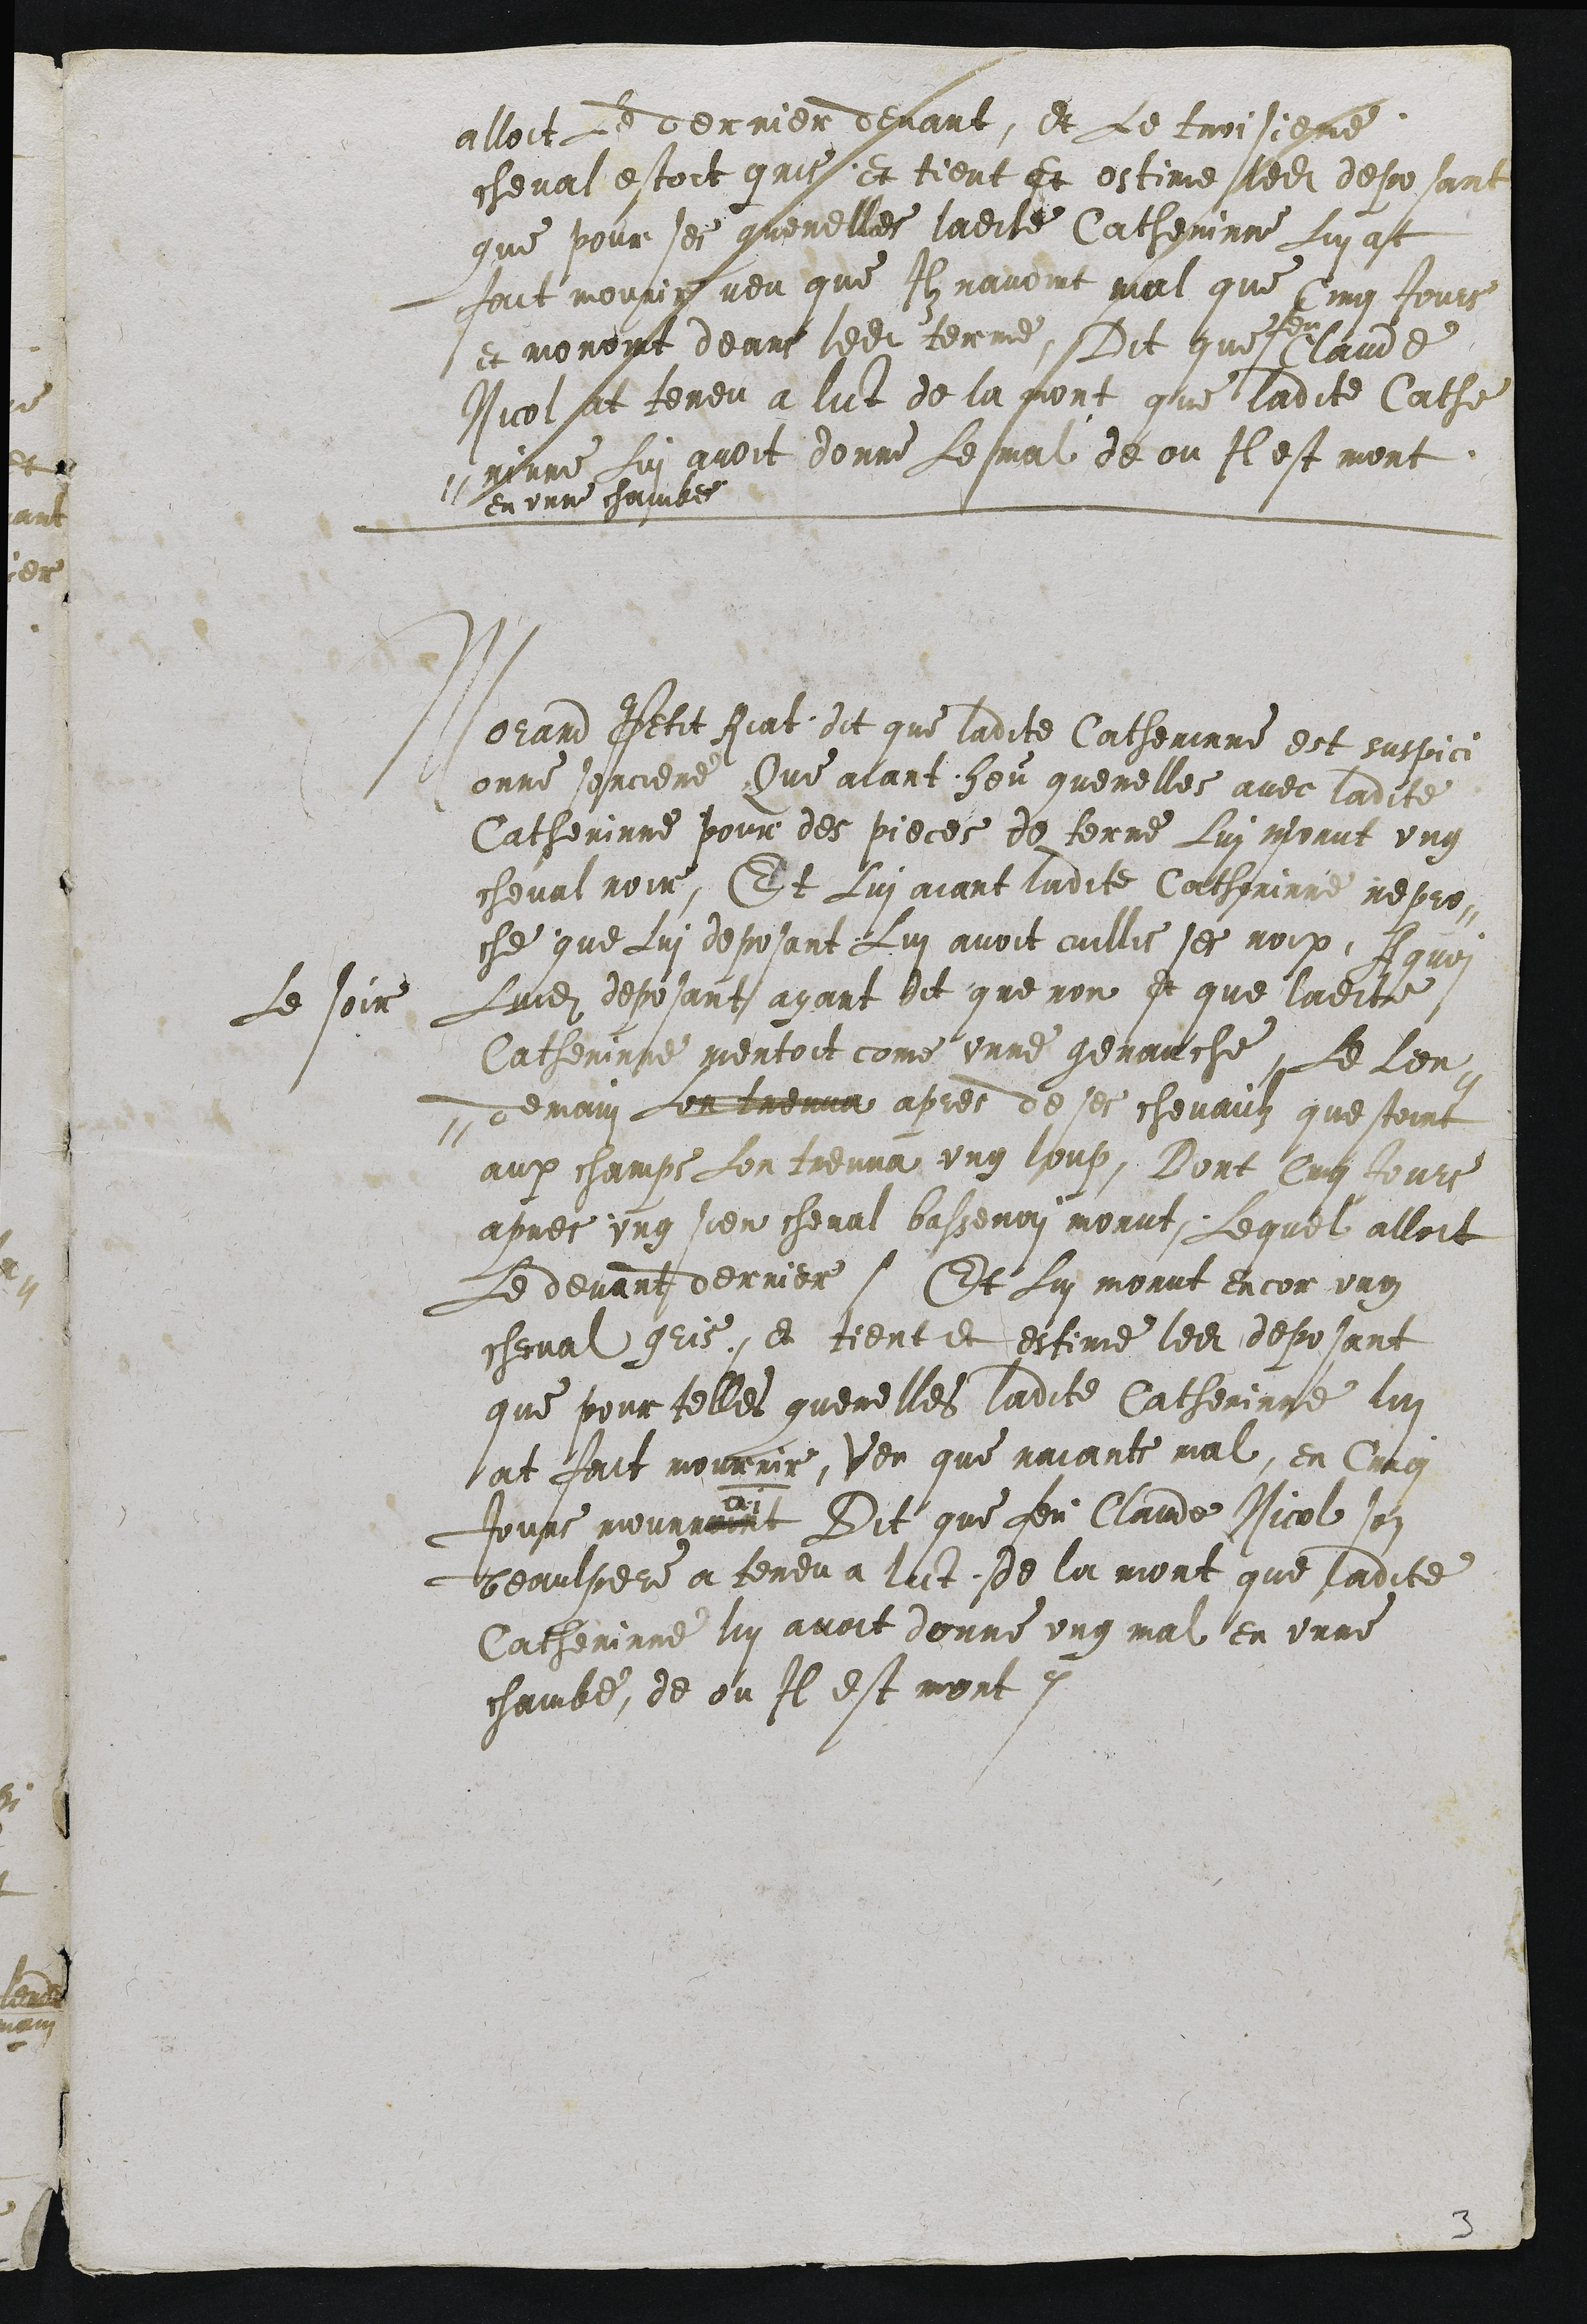
alloit Le derrier devant, et Le troisieme
cheval estoit gris et tient et estime ledit deposant
que pour ses querelles ladite Catherinne Lui at
fait mourir veu que Ilz navoint mal que Cinq Jours
et moroint deans ledit terme, Dit que
feu
Claude
Nicol at teneu a lict de la mort que ladite Cathe
-rinne Lui avoit donne Le mal de ou Il est mort
en unne chambes

Le soir

Morand Petit Riat dit que ladite Catherinne est suspici
onne sorciere Que aiant heu querelles avec ladite
Catherinne pour des pieces de terre Lui morut ung
cheval noir, Et Lui aiant ladite Catherine repro-
che que Lui deposant Lui avoit cuillis ses noix, A quoi
Luidit deposant ayant dit que non et que ladite
Catherinne mentoit come unne genauche, Le Len-
-demain Lon treuva apres de se chvaulz questoint
aux champs Lon treuva ung loup, Dont Cinq Jours
apres ung sien cheval bassenai morut, Lequel alloit
Le devant derrier. Et Lui morut encor ung
cheval gris. Et tient et estime ledit deposant
que pour telles querelles ladite Catherinne lui
at fait mourrir, Veu que naiants mal, en Cinq
Jours mourroit Dit que feu Claude Nicol son
beaulpere a teneu a lict de la mort que ladite
Catherinne lui avoit donne ung mal en unne
chambe, de ou Il est mort.

3